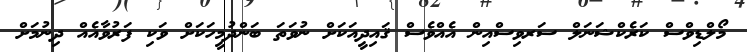
މޯލްޑިވްސް ކަރެކްޝަނަލް ސަރވިސްއިން އެއްވެސް ޤައިދީއަކަށް ނުވަތަ ބަންދުމީހަކަށް ވަކި ފަރުވާއެއް ދިނުމަށް